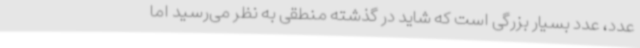
عدد، عدد بسیار بزرگی است که شاید در گذشته منطقی به‌ نظر می‌رسید اما